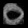
Digit: ၀